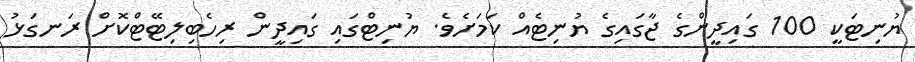
ޔުނިޓަކީ 100 ގައިދީންގެ ޖާގައިގެ ޔުނިޓެއް ކަމަށެވެ. ޔުނިޓްގައި ގައިދީން ރިހެބިލިޓޭޓްކޮށް ރަނގަޅު